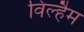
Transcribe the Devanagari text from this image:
विल्हैम